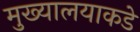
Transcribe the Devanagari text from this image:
मुख्यालयाकडे